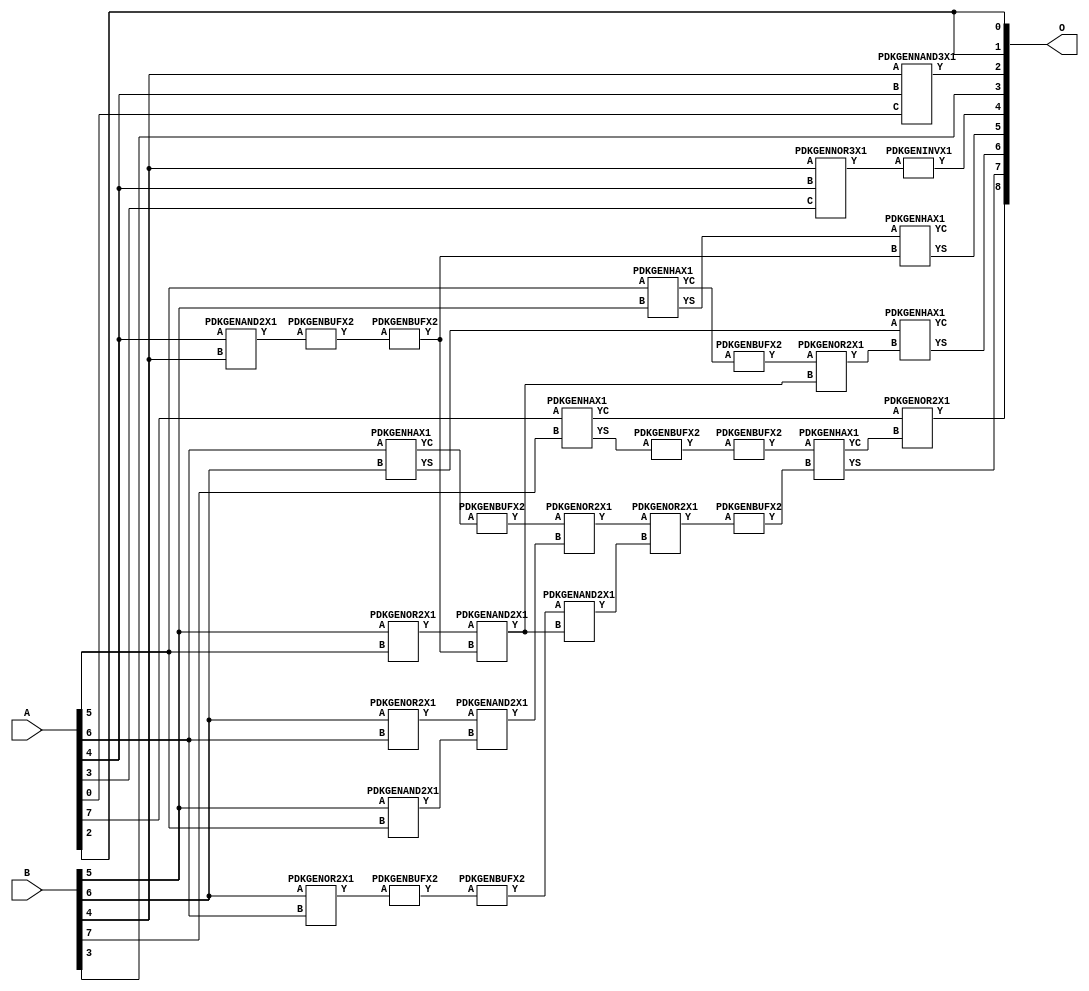
// Library = EvoApprox8b
// Circuit = add8_070
// Area   (180) = 1196
// Delay  (180) = 0.950
// Power  (180) = 327.10
// Area   (45) = 84
// Delay  (45) = 0.400
// Power  (45) = 25.94
// Nodes = 30
// HD = 188032
// MAE = 6.26562
// MSE = 59.00000
// MRE = 3.27 %
// WCE = 20
// WCRE = 400 %
// EP = 94.5 %

module add8_070(A, B, O);
  input [7:0] A;
  input [7:0] B;
  output [8:0] O;
  wire [2031:0] N;

  assign N[0] = A[0];
  assign N[1] = A[0];
  assign N[2] = A[1];
  assign N[3] = A[1];
  assign N[4] = A[2];
  assign N[5] = A[2];
  assign N[6] = A[3];
  assign N[7] = A[3];
  assign N[8] = A[4];
  assign N[9] = A[4];
  assign N[10] = A[5];
  assign N[11] = A[5];
  assign N[12] = A[6];
  assign N[13] = A[6];
  assign N[14] = A[7];
  assign N[15] = A[7];
  assign N[16] = B[0];
  assign N[17] = B[0];
  assign N[18] = B[1];
  assign N[19] = B[1];
  assign N[20] = B[2];
  assign N[21] = B[2];
  assign N[22] = B[3];
  assign N[23] = B[3];
  assign N[24] = B[4];
  assign N[25] = B[4];
  assign N[26] = B[5];
  assign N[27] = B[5];
  assign N[28] = B[6];
  assign N[29] = B[6];
  assign N[30] = B[7];
  assign N[31] = B[7];

  PDKGENOR2X1 n42(.A(N[28]), .B(N[12]), .Y(N[42]));
  assign N[43] = N[42];
  PDKGENOR2X1 n44(.A(N[28]), .B(N[12]), .Y(N[44]));
  assign N[45] = N[44];
  PDKGENAND2X1 n46(.A(N[26]), .B(N[10]), .Y(N[46]));
  assign N[47] = N[46];
  PDKGENNOR3X1 n48(.A(N[24]), .B(N[8]), .C(N[6]), .Y(N[48]));
  assign N[49] = N[48];
  PDKGENNAND3X1 n54(.A(N[24]), .B(N[8]), .C(N[0]), .Y(N[54]));
  assign N[55] = N[54];
  PDKGENAND2X1 n68(.A(N[8]), .B(N[24]), .Y(N[68]));
  PDKGENBUFX2 n70(.A(N[68]), .Y(N[70]));
  PDKGENHAX1 n78(.A(N[10]), .B(N[26]), .YS(N[78]), .YC(N[79]));
  PDKGENBUFX2 n80(.A(N[79]), .Y(N[80]));
  assign N[81] = N[80];
  PDKGENHAX1 n86(.A(N[12]), .B(N[28]), .YS(N[86]), .YC(N[87]));
  PDKGENHAX1 n96(.A(N[14]), .B(N[30]), .YS(N[96]), .YC(N[97]));
  PDKGENBUFX2 n128(.A(N[45]), .Y(N[128]));
  assign N[129] = N[128];
  PDKGENOR2X1 n134(.A(N[26]), .B(N[10]), .Y(N[134]));
  PDKGENBUFX2 n142(.A(N[87]), .Y(N[142]));
  assign N[143] = N[142];
  PDKGENBUFX2 n152(.A(N[70]), .Y(N[152]));
  PDKGENBUFX2 n160(.A(N[96]), .Y(N[160]));
  PDKGENAND2X1 n162(.A(N[43]), .B(N[47]), .Y(N[162]));
  PDKGENBUFX2 n164(.A(N[160]), .Y(N[164]));
  assign N[165] = N[164];
  PDKGENBUFX2 n170(.A(N[129]), .Y(N[170]));
  PDKGENINVX1 n176(.A(N[49]), .Y(N[176]));
  assign N[177] = N[176];
  PDKGENOR2X1 n180(.A(N[143]), .B(N[162]), .Y(N[180]));
  PDKGENAND2X1 n226(.A(N[134]), .B(N[152]), .Y(N[226]));
  PDKGENOR2X1 n244(.A(N[81]), .B(N[226]), .Y(N[244]));
  assign N[245] = N[244];
  PDKGENAND2X1 n254(.A(N[170]), .B(N[226]), .Y(N[254]));
  assign N[255] = N[254];
  PDKGENOR2X1 n272(.A(N[180]), .B(N[255]), .Y(N[272]));
  PDKGENBUFX2 n348(.A(N[272]), .Y(N[348]));
  PDKGENHAX1 n394(.A(N[78]), .B(N[152]), .YS(N[394]), .YC(N[395]));
  PDKGENHAX1 n404(.A(N[86]), .B(N[245]), .YS(N[404]), .YC(N[405]));
  PDKGENHAX1 n412(.A(N[165]), .B(N[348]), .YS(N[412]), .YC(N[413]));
  PDKGENOR2X1 n422(.A(N[97]), .B(N[413]), .Y(N[422]));

  assign O[0] = N[4];
  assign O[1] = N[4];
  assign O[2] = N[55];
  assign O[3] = N[22];
  assign O[4] = N[177];
  assign O[5] = N[394];
  assign O[6] = N[404];
  assign O[7] = N[412];
  assign O[8] = N[422];

endmodule
/* mod */
module PDKGENNAND3X1(input A, input B, input C, output Y );
     assign Y = ~((A & B) & C);
endmodule
/* mod */
module PDKGENHAX1( input A, input B, output YS, output YC );
    assign YS = A ^ B;
    assign YC = A & B;
endmodule
/* mod */
module PDKGENOR2X1(input A, input B, output Y );
     assign Y = A | B;
endmodule
/* mod */
module PDKGENAND2X1(input A, input B, output Y );
     assign Y = A & B;
endmodule
/* mod */
module PDKGENINVX1(input A, output Y );
     assign Y = ~A;
endmodule
/* mod */
module PDKGENNOR3X1(input A, input B, input C, output Y );
     assign Y = ~((A | B) | C);
endmodule
/* mod */
module PDKGENBUFX2(input A, output Y );
     assign Y = A;
endmodule